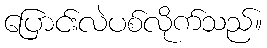
ပြောင်းလဲပစ်လိုက်သည်။